Source: Handwritten
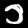
Digit: ၁ (1)